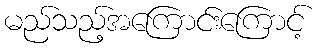
မည်သည့်အကြောင်းကြောင့်